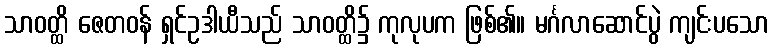
သာဝတ္ထိ ဇေတဝန် ရှင်ဥဒါယီသည် သာဝတ္ထိ၌ ကုလုပက ဖြစ်၏။ မင်္ဂလာဆောင်ပွဲ ကျင်းပသော